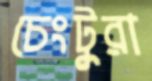
চেংটুরা